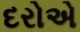
દરોએ